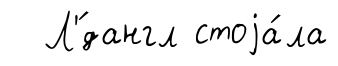
Л'́дангл стоjа́ла